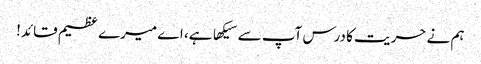
ہم نے حریت کا درس آپ سے سیکها ہے، اے میرے عظیم قائد!